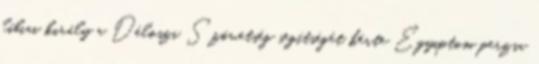
líbiai király a Déloszi Szövetség segítségét kérte Egyiptom perzsa